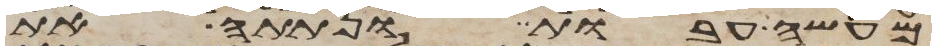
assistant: מעשה עבות ונתתה את